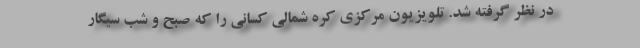
در نظر گرفته شد. تلویزیون مرکزی کره شمالی کسانی را که صبح و شب سیگار